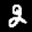
Label: 2